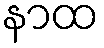
နာထ